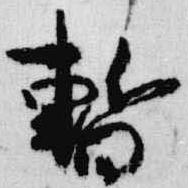
暫